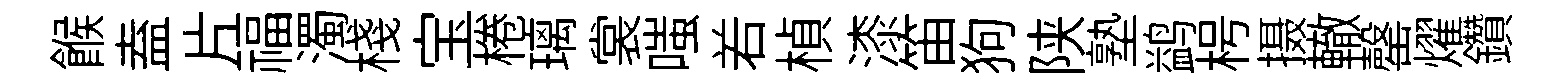
餱盍片福濁棧宝棬璃裳嗤𠰥楨漆笛狗陕塾鹢枵摄轍罄燿鑽